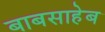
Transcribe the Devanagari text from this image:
बाबसाहेब